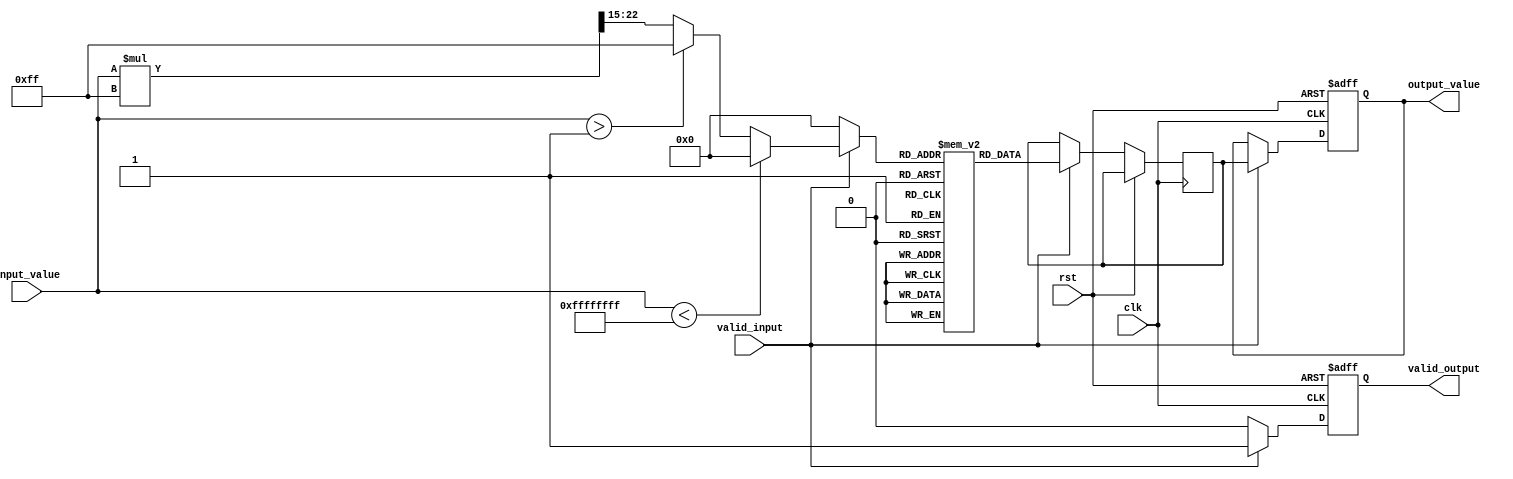
module acos_block (
    input wire clk,
    input wire rst,
    input wire [N-1:0] input_value, // Input in fixed-point representation
    input wire valid_input,          // Signal to indicate valid input
    output reg [M-1:0] output_value, // Output in fixed-point representation
    output reg valid_output          // Signal to indicate valid output
);

parameter N = 16; // Input width
parameter M = 16; // Output width
parameter LUT_SIZE = 256; // Size of the lookup table

// Lookup table for acos values
reg [M-1:0] acos_lut [0:LUT_SIZE-1];

// Initialize the lookup table
initial begin
    // Fill the lookup table with precomputed acos values
    // This is a placeholder; actual values need to be computed
    // and filled based on the desired precision.
    // Example: acos(0) = /2, acos(1) = 0, acos(-1) = 
    // Populate with appropriate values based on LUT_SIZE
    // acos_lut[0] = 32'h00000000; // acos(1)
    // acos_lut[1] = 32'h00000000; // acos(0.996)
    // ...
    // acos_lut[LUT_SIZE-1] = 32'h00000000; // acos(-1)
end

// Internal signals
reg [M-1:0] lut_output;
reg [N-1:0] input_scaled;

// Scale input to match LUT size
always @(*) begin
    if (valid_input) begin
        if (input_value < -1) begin
            input_scaled = 0; // Clamp to -1
        end else if (input_value > 1) begin
            input_scaled = LUT_SIZE - 1; // Clamp to 1
        end else begin
            input_scaled = (input_value * (LUT_SIZE - 1)) >> (N - 1); // Scale input to LUT index
        end
    end else begin
        input_scaled = 0;
    end
end

// Output logic
always @(posedge clk or posedge rst) begin
    if (rst) begin
        output_value <= 0;
        valid_output <= 0;
    end else if (valid_input) begin
        lut_output <= acos_lut[input_scaled];
        output_value <= lut_output;
        valid_output <= 1;
    end else begin
        valid_output <= 0;
    end
end

endmodule